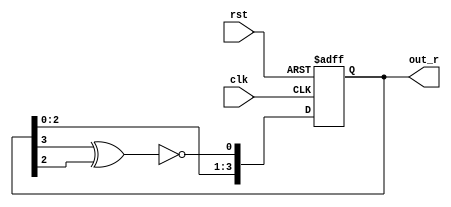
module lfsr (input clk, rst, output reg [3:0] out_r);

wire feedback;

assign feedback = ~(out_r[3] ^ out_r[2]);

always @(posedge clk, posedge rst)
begin
if (rst)
out_r <= 4'b0000;
else
out_r <= {out_r[2:0], feedback};
end

endmodule